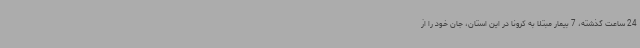
24 ساعت گذشته، 7 بیمار مبتلا به کرونا در این استان، جان خود را از